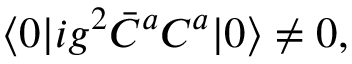
\langle 0 | i g ^ { 2 } \bar { C } ^ { a } C ^ { a } | 0 \rangle \not = 0 ,